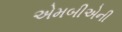
એમબીએની